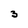
Character: 3